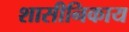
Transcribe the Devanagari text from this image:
शासीनिकाय